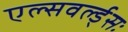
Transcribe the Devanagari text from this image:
एल्सवर्ल्ड्सः